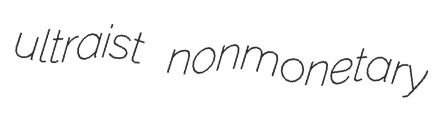
ultraist nonmonetary